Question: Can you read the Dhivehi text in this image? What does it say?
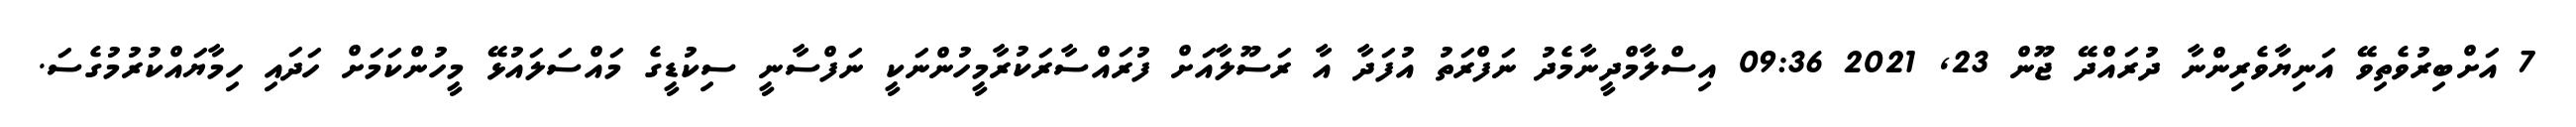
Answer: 7 އަށްބިރުވެތިވޭ އަނިޔާވެރިންނާ ދުރައްދޭ ޖޫން 23, 2021 09:36 އިސްލާމްދީނާމެދު ނަފްރަތު އުފަދާ އާ ރަސޫލާއަށް ފުރައްސާރަކުރާމީހުންނަކީ ނަފްސާނީ ސިކުޑީގެ މައްސަލައުޅޭ މީހުންކަމަށް ހަދައި ހިމާޔައްކުރުމުގެސަ.